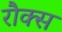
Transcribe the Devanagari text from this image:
रौक्स